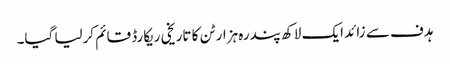
ہدف سے زائد ایک لاکھ پندرہ ہزار ٹن کا تاریخی ریکارڈ قائم کرلیا گیا۔